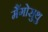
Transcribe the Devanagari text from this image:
मैंगोसुथु